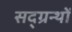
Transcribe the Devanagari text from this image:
सद्ग्रन्थों